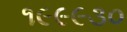
૧૯૯૯૩૦